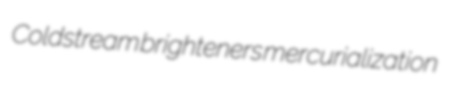
Coldstream brighteners mercurialization